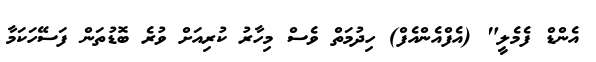
އެންޑް ފެމެލީ" (އެފްއެންއެފް) ހިދުމަތް ވެސް މިހާރު ކުރިއަށް ވުރެ ބޮޑުތަން ފަސޭހަކަމާ